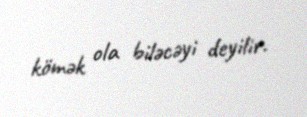
kömək ola biləcəyi deyilir.